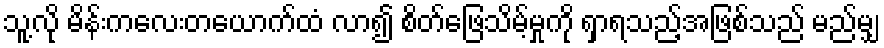
သူ့လို မိန်းကလေးတယောက်ထံ လာ၍ စိတ်ဖြေသိမ့်မှုကို ရှာရသည့်အဖြစ်သည် မည်မျှ